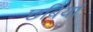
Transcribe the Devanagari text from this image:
छबियां